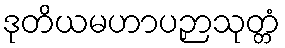
ဒုတိယမဟာပဉှာသုတ္တံ